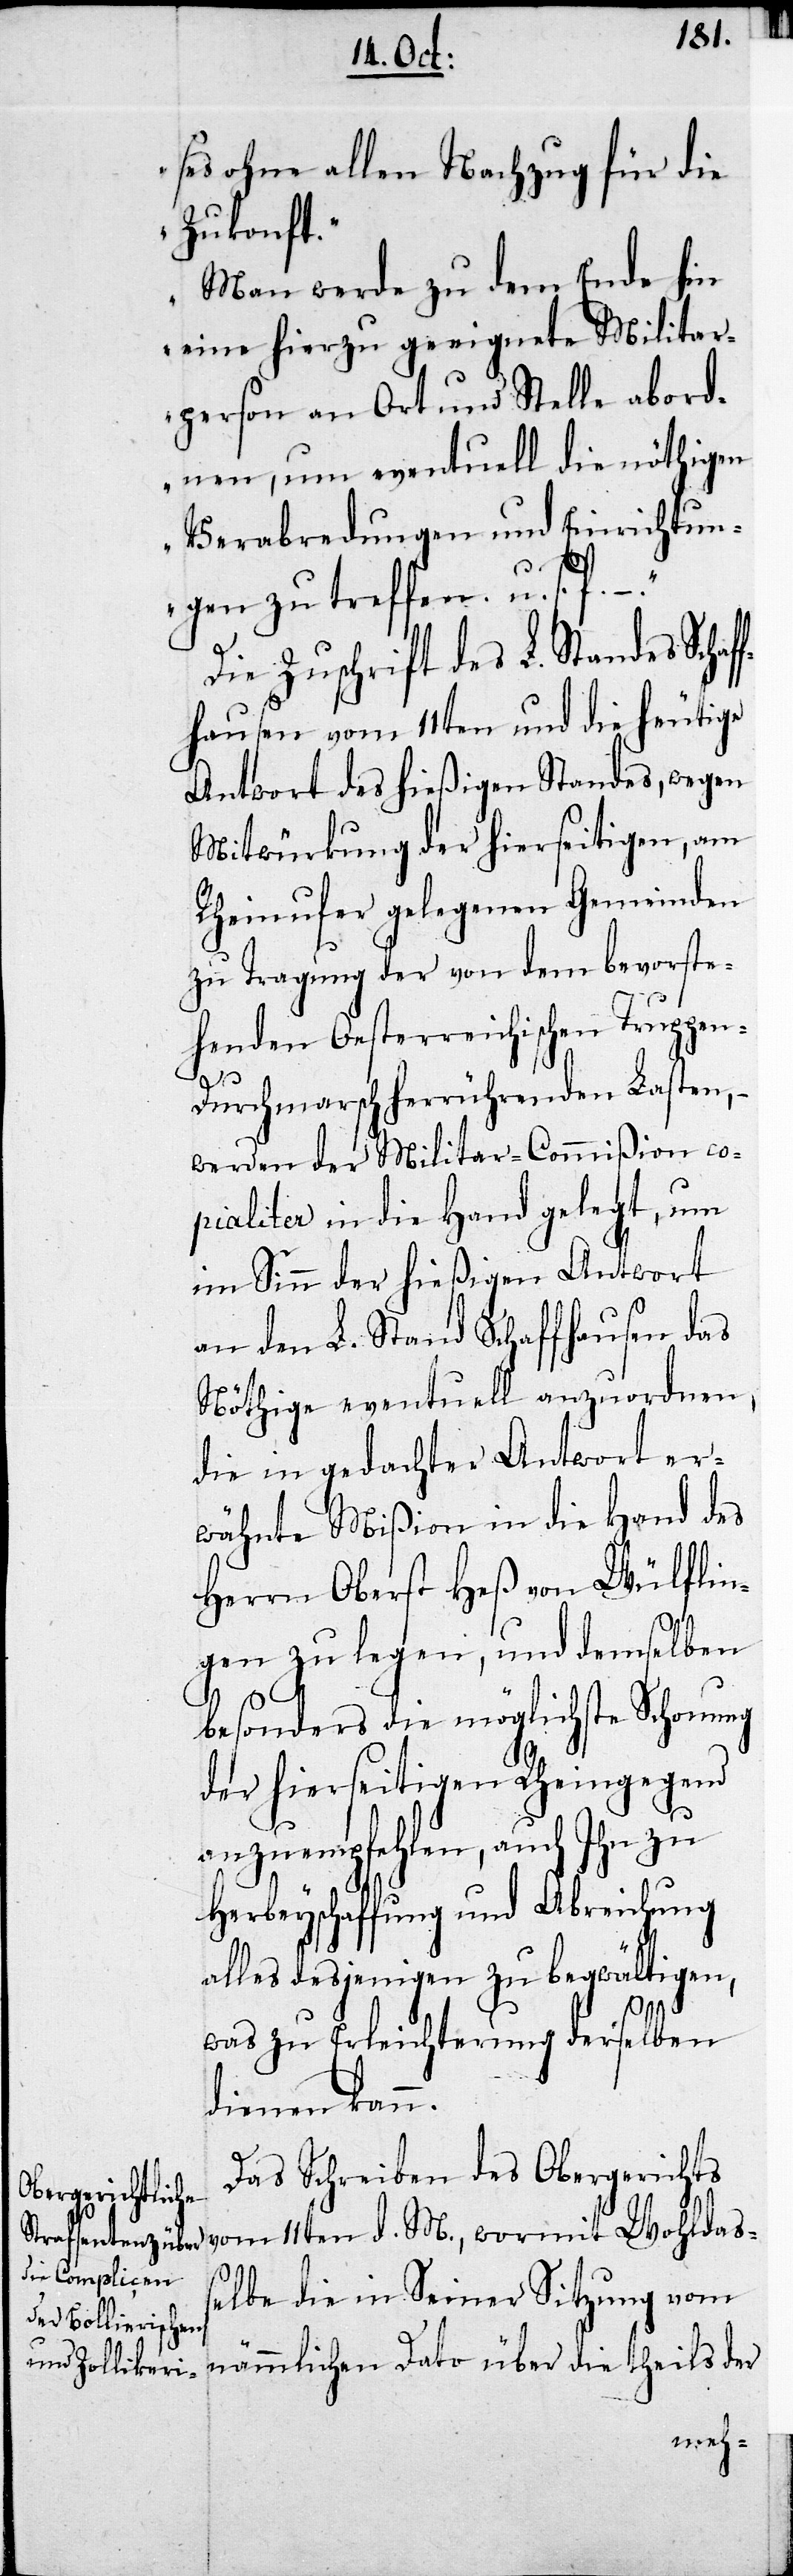
ses ohne allen Nachzug für die
Zukonft.
Man werde zu dem Ende hin
eine hierzu geeignete Militar¬
person an Ort und Stelle abord¬
nen, um eventuell die nöthigen
Verabredungen und Einrichtun¬
gen zu treffen. u.s.f.
Eine Zuschrift des L. Standes Schaf¬
fhausen vom 11ten und die heutige
Antwort des hießigen Standes, wegen
Mitwürkung der hierseitigen, am
Rheinufer gelegenen Gemeinden
zu Tragung der von dem bevorste¬
henden Oesterreichischen Truppe¬
n-Durchmarsch herrührenden Lasten, –
werden der Militar-Commißion co¬
pialiter in die Hand gelegt, um
im Sinn der hießigen Antwort
an den L. Stand Schaffhausen das
Nöthige eventuell anzuordnen,
die in gedachter Antwort er¬
wähnte Mißion in die Hand des
Herrn Oberst Heß von Wülflin¬
gen zu legen, und demselben
besonders die möglichste Schonung
der hierseitigen Rheingegend
anzuempfehlen, auch Ihn zu
Herbeyschaffung und Abreichung
alles desjenigen zu begwältigen,
was zu Erleichterung derselben
dienen kann.
Das Schreiben des Obergerichts
vom 11ten d. M., wormit Wohldaß¬
elbe die in Seiner Sitzung vom
nämmlichen Dato über die theils der